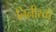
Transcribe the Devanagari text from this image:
निनीस्तो